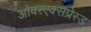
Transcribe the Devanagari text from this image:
ओवरएक्सप्रेस्ड